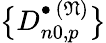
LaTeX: \bigl\{ D_{n0,p}^{\bullet\, (\mathfrak{N})}\bigr\}